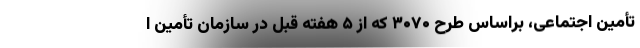
تأمین اجتماعی، براساس طرح ۳۰۷۰ که از ۵ هفته قبل در سازمان تأمین ا